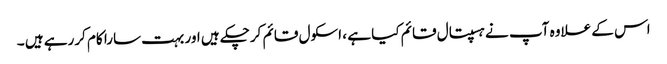
اس کے علاوہ آپ نے ہسپتال قائم کیا ہے ، اسکول قائم کرچکے ہیں اور بہت سارا کام کررہے ہیں ۔